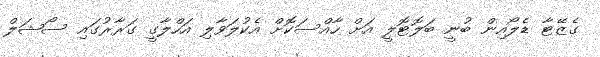
ގެޒޭޓާ ޑެލޯއިން ބުނީ ބަލޮޓޮލީ އަށް ހާއްސަކޮށް އެކުލަވާލި އަހްލާގީ ގަރާރުގައި ސޯޝަލް